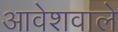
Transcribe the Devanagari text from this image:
आवेशवाले